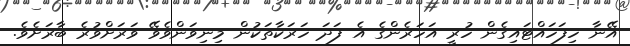
އޭނާ ހިފަހައްޓައިގެން ހުރީ އަހަރެންގެ އެ ފަދަ ހަރަކާތަކުން މިނިވަންވެވޭ ވަރަށްވުރެ ބާރަށެވެ.